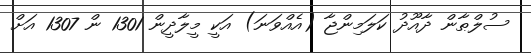
ސުލްޠާން ދާއޫދު ކަލަމިންޖާ (އެއްވަނަ) އަކީ މީލާދީން 1301 ން 1307 އަށް